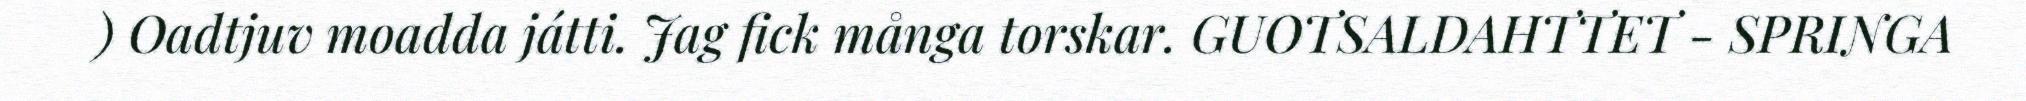
) Oadtjuv moadda játti. Jag fick många torskar. GUOTSALDAHTTET - SPRINGA